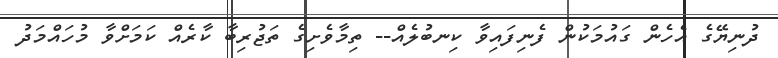
ދުނިޔޭގެ އެހެން ގައުމަކުން ފެނިފައިވާ ކިނބުލެއް-- ތިމާވެށިގެ ތަޖުރިބާ ކާރެއް ކަމަށްވާ މުހައްމަދު